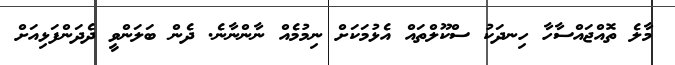
މާލެ ތޮއްޖައްސާހާ ހިނދަކު ސްކޫލްތައް އެޅުމަކަށް ނިމުމެއް ނާންނާނެ. ދެން ބަލަންވީ ދެދަންފަޅިއަށް